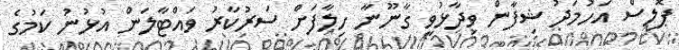
ޕޮލިސް އަހުމަދު ޝިފާން ވިދާޅުވީ ގާނޫނާ ހިލާފަށް ސަރުކާރު ވައްޓާލަން އުޅުނު ކަމުގެ